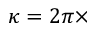
\kappa = 2 \pi \times